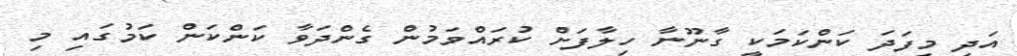
އަދި މިފަދަ ކަންކަމަކީ ގާނޫނާ ހިލާފަށް ކުރައްވަމުން ގެންދަވާ ކަންކަން ކަމުގައި މި